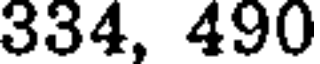
334, 490